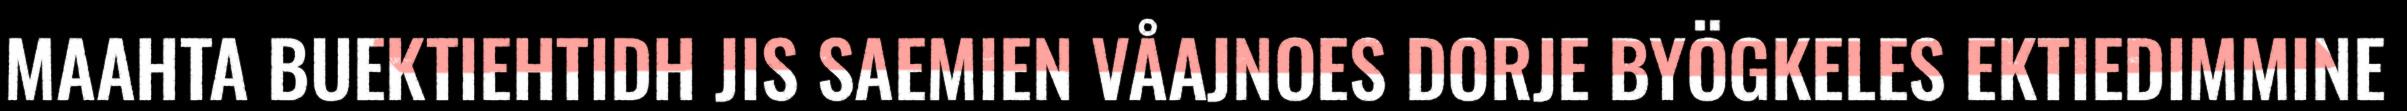
MAAHTA BUEKTIEHTIDH JIS SAEMIEN VÅAJNOES DORJE BYÖGKELES EKTIEDIMMINE